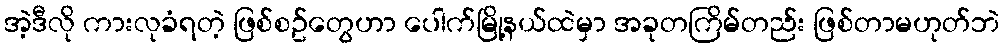
အဲ့ဒီလို ကားလုခံရတဲ့ ဖြစ်စဥ်တွေဟာ ပေါက်မြို့နယ်ထဲမှာ အခုတကြိမ်တည်း ဖြစ်တာမဟုတ်ဘဲ